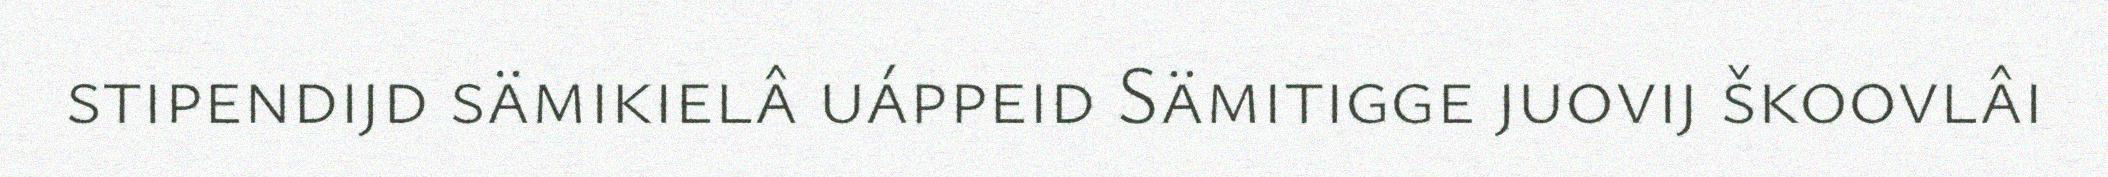
stipendijd sämikielâ uáppeid Sämitigge juovij škoovlâi